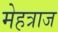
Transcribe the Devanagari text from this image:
मेहत्राज